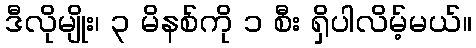
ဒီလိုမျိုး၊ ၃ မိနစ်ကို ၁ စီး ရှိပါလိမ့်မယ်။